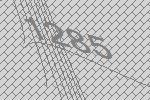
1285